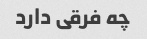
چه فرقی دارد